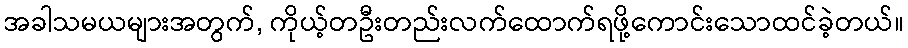
အခါသမယများအတွက်, ကိုယ့်တဦးတည်းလက်ထောက်ရဖို့ကောင်းသောထင်ခဲ့တယ်။